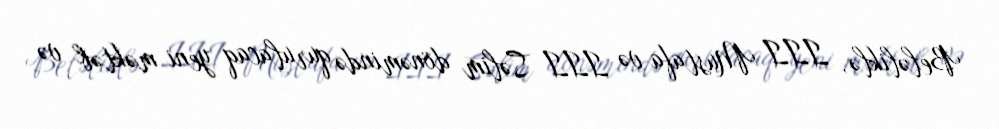
Beləliklə, III Mustafa və III Səlim dönəmində qurulacaq yeni məktəb və